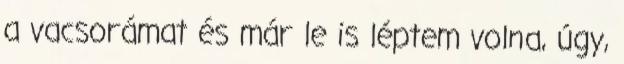
a vacsorámat és már le is léptem volna, úgy,